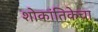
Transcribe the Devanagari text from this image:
शोकांतिकेचा